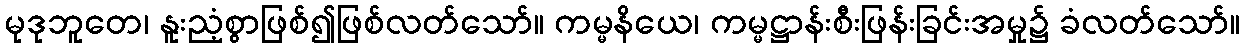
မုဒုဘူတေ၊ နူးညံ့စွာဖြစ်၍ဖြစ်လတ်သော်။ ကမ္မနိယေ၊ ကမ္မဋ္ဌာန်းစီးဖြန်းခြင်းအမှု၌ ခံလတ်သော်။